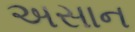
અસાન